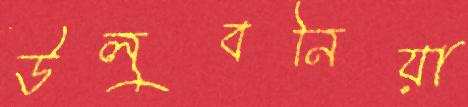
উলুবনিয়া